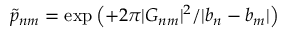
{ \tilde { p } } _ { n m } = \exp \left( + 2 \pi | { \cal G } _ { n m } | ^ { 2 } / | b _ { n } - b _ { m } | \right)